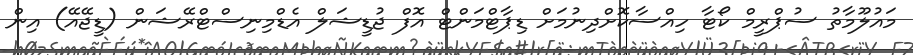
މައުލޫމާތު ސުޕްރީމް ކޯޓާ ހިއްސާކޮށްދިނުމަށް ޑިޕާޓްމަންޓް އޮފް ޖުޑީޝަލް އެޑްމިނިސްޓްރޭޝަން (ޑީޖޭއޭ) އިން